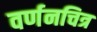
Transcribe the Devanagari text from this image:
वर्णनचित्र